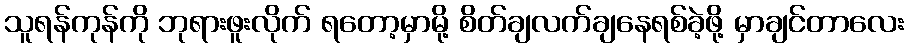
သူရန်ကုန်ကို ဘုရားဖူးလိုက် ရတော့မှာမို့ စိတ်ချလက်ချနေရစ်ခဲ့ဖို့ မှာချင်တာလေး